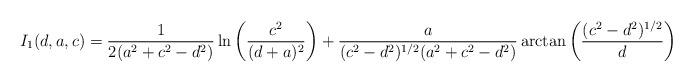
LaTeX: \begin{align*}I_1(d,a,c)={1 \over 2(a^2+c^2-d^2)} \ln \left( {c^2 \over (d+a)^2} \right)+{a \over (c^2-d^2)^{1/2}(a^2+c^2-d^2)} \arctan \left( {(c^2-d^2)^{1/2} \over d}\right)\end{align*}